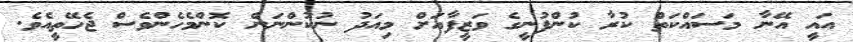
އައީ އޭނާ މަސައްކަތް ކުރާ ކުންފުނީގެ ވަޒީފާއަށް މިއަދު ނުކުންނަން ކޮންމެހެންވެސް ޖެހޭތީއެވެ.